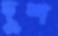
দুশ